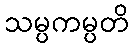
သမ္ပကမ္ပတိ